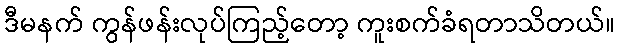
ဒီမနက် ကွန်ဖန်းလုပ်ကြည့်တော့ ကူးစက်ခံရတာသိတယ်။